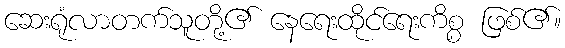
ဆေးရုံလာတက်သူတို့၏ နေရေးထိုင်ရေးကိစ္စ ဖြစ်၏။